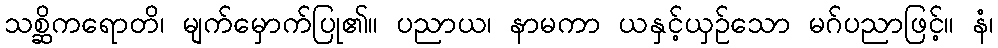
သစ္ဆိကရောတိ၊ မျက်မှောက်ပြု၏။ ပညာယ၊ နာမကာ ယနှင့်ယှဉ်သော မဂ်ပညာဖြင့်။ နံ၊